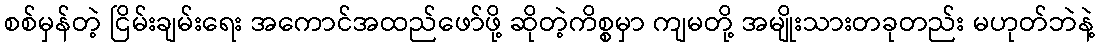
စစ်မှန်တဲ့ ငြိမ်းချမ်းရေး အကောင်အထည်ဖော်ဖို့ ဆိုတဲ့ကိစ္စမှာ ကျမတို့ အမျိုးသားတခုတည်း မဟုတ်ဘဲနဲ့